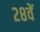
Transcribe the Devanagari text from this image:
२८वें